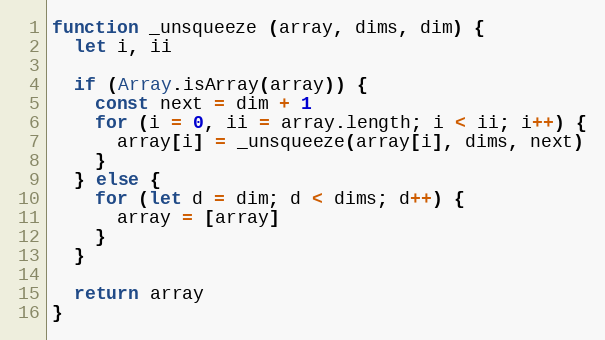
Language: JavaScript
function _unsqueeze (array, dims, dim) {
  let i, ii

  if (Array.isArray(array)) {
    const next = dim + 1
    for (i = 0, ii = array.length; i < ii; i++) {
      array[i] = _unsqueeze(array[i], dims, next)
    }
  } else {
    for (let d = dim; d < dims; d++) {
      array = [array]
    }
  }

  return array
}